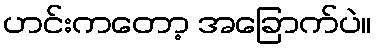
ဟင်းကတော့ အခြောက်ပဲ။